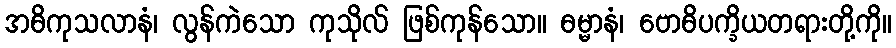
အဓိကုသလာနံ၊ လွန်ကဲသော ကုသိုလ် ဖြစ်ကုန်သော။ ဓမ္မာနံ၊ ဗောဓိပက္ခိယတရားတို့ကို။